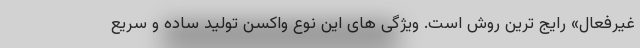
غیرفعال» رایج ترین روش است. ویژگی های این نوع واکسن تولید ساده و سریع